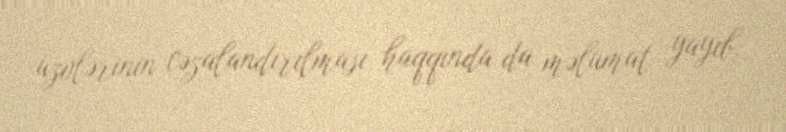
üzvlərinin cəzalandırılması haqqında da məlumat yayıb.